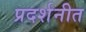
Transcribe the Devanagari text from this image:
प्रदर्शनीत